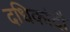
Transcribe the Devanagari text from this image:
दधिकांदौ